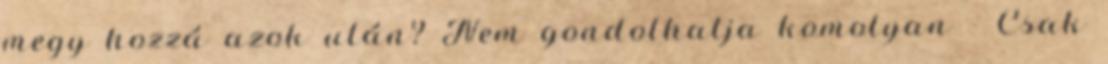
megy hozzá azok után? Nem gondolhatja komolyan - Csak